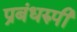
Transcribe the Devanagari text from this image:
प्रबंधरुपी